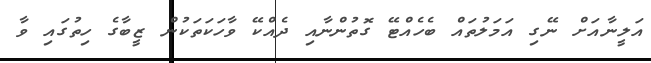
އަލީނާއަށް ނޭގި އަމަލުތައް ބެހެއްޓޭ ގޮތުންނާއި ދެއްކޭ ވާހަކަތަކުން ޒީބާގެ ހިތުގައި ވާ